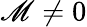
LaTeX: \mathscr{M}\ne0